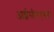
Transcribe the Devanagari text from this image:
आईसीएएसए